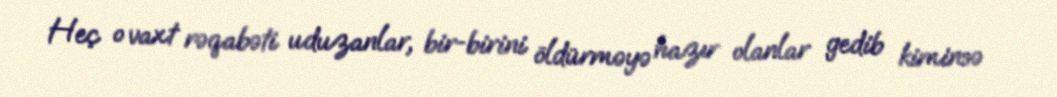
Heç o vaxt rəqabəti uduzanlar, bir-birini öldürməyə hazır olanlar gedib kiminsə